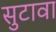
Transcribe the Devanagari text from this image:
सुटावा